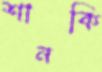
শানকি